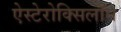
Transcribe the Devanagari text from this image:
ऐस्टेरोक्सिलॉन